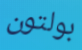
بولتون